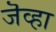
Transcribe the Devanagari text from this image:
जॆव्हा